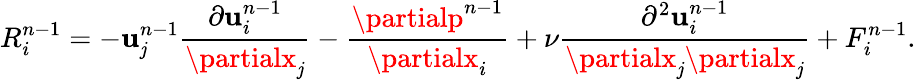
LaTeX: R_{i}^{n-1}=-\mathbf{u}_{\mathit{j}}^{n-1}\frac{{\partial\mathbf{u}_{i}^{n-1}}}{{\partialx_{\mathit{j}}}}-\frac{{\partialp^{n-1}}}{{\partialx_{i}}}+\nu\frac{{\partial^{2}\mathbf{u}_{i}^{n-1}}}{{\partialx_{\mathit{j}}\partialx_{\mathit{j}}}}+F_{i}^{n-1}.